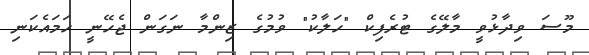
މޫސަ ވިދާޅުވީ މާލޭގެ ޓުރެފިކް "ހަލާކު" ވުމުގެ ޒިންމާ ނަގަން ޖެހޭނީ ހަމައެކަނި